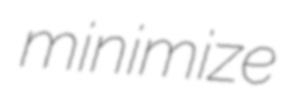
minimize